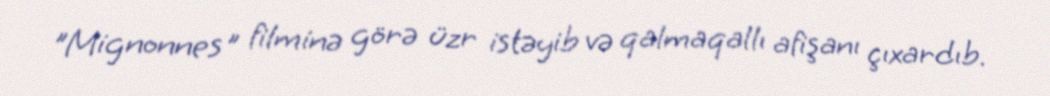
"Mignonnes" filminə görə üzr istəyib və qalmaqallı afişanı çıxardıb.